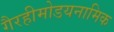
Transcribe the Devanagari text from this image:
गैरहीमोडयनामिक